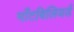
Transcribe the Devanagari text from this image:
माँटबिलियर्ड